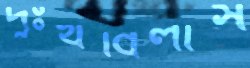
দুঃখবিলাস